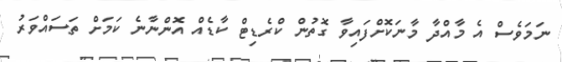
ނަމަވެސް އެ މާއްދާ މާނަކޮށްފައިވާ ގޮތުން ކްރެޑިޓް ކާޑެއް އޮންނާނެ ކަމަށް ތަސައްވަރު